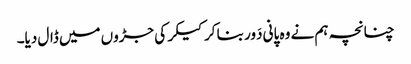
چنانچہ ہم نے وہ پانی دَور بنا کر کیکر کی جڑوں میں ڈال دیا۔